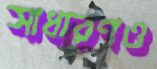
সাধারণও